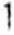
1